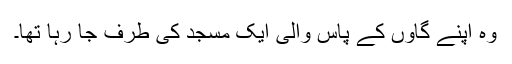
وہ اپنے گاؤں کے پاس والی ایک مسجد کی طرف جا رہا تھا۔